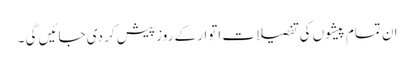
ان تمام پیشوں کی تفصیلات اتوار کے روز پیش کر دی جائیں گی ۔